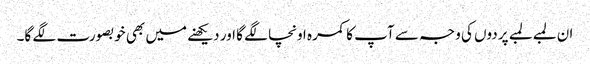
ان لمبے لمبے پردوں کی وجہ سے آپ کا کمرہ اونچا لگے گا اور دیکھنے میں بھی خوبصورت لگے گا۔